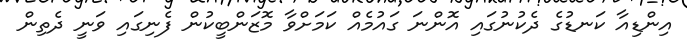
އިންޑިއާ ކަނޑުގެ ދެކުނުގައި އޮންނަ ގައުމެއް ކަމަށްވާ މޮޒަންބީކުން ފެނިގައި ވަނީ ދެތިން